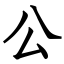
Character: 公